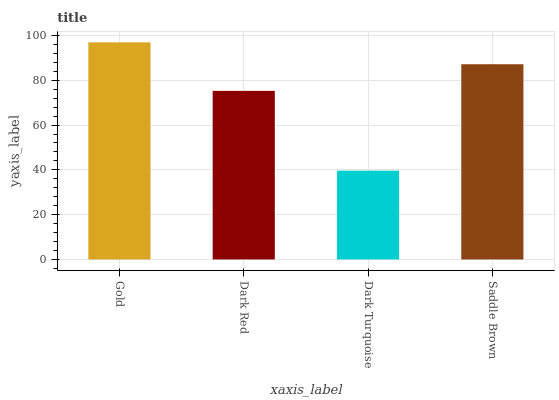
| xaxis_label | bars |
 | --- | --- |
 | Gold | 96.9 |
 | Dark Red | 75.3 |
 | Dark Turquoise | 39.6 |
 | Saddle Brown | 87.2 |